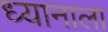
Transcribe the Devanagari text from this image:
ध्यानाला